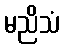
မညိသံ